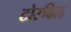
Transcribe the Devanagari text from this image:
टोरविल